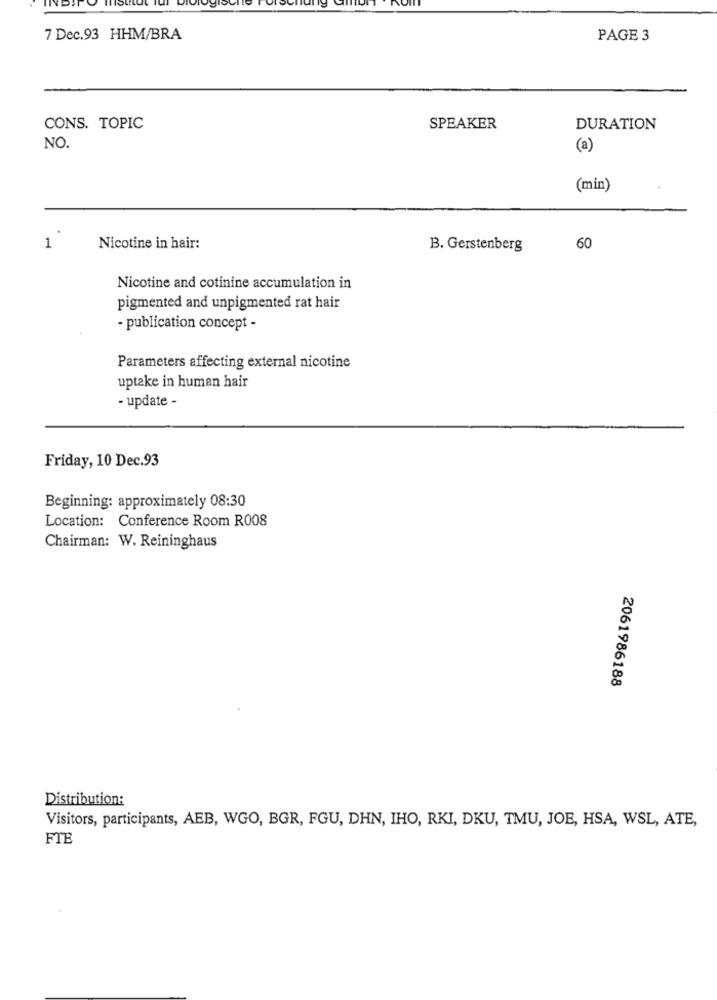
7 Dec.93 HHM/BRA
PAGE 3
CONS. TOPIC
SPEAKER
DURATION
NO.
(a)
(min)
1
Nicotine in hair:
B. Gerstenberg
60
Nicotine and cotinine accumulation in
pigmented and unpigmented rat hair
- publication concept -
Parameters affecting external nicotine
uptake in human hair
- update -
Friday, 10 Dec.93
Beginning: approximately 08:30
Location: Conference Room R008
Chairman: W. Reininghaus
2061986188
Distribution:
Visitors, participants, AEB, WGO, BGR, FGU, DHN, IHO, RKI, DKU, TMU, JOE, HSA, WSL, ATE,
FTE